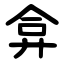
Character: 弇